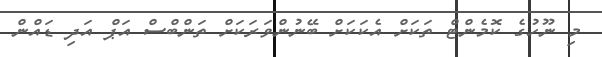
މި ނޫހުގެ ކޮމެންޓް ތަކަށް އެކަކަށް ބޭނުންވަަރަކަށް ތަންބްސް އަޕް އަދި ޑައްން